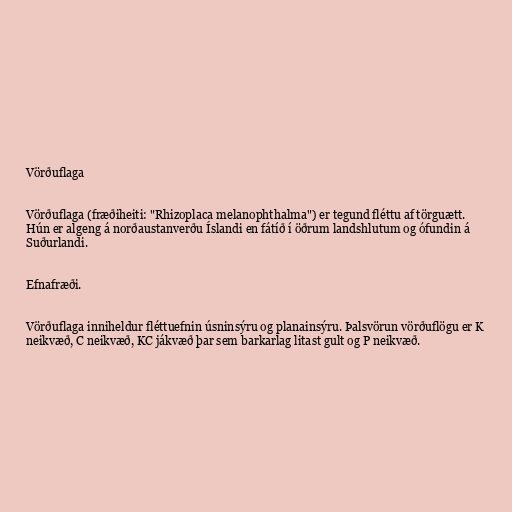
Vörðuflaga

Vörðuflaga (fræðiheiti: "Rhizoplaca melanophthalma") er tegund fléttu af törguætt.
Hún er algeng á norðaustanverðu Íslandi en fátíð í öðrum landshlutum og ófundin á
Suðurlandi.

Efnafræði.

Vörðuflaga inniheldur fléttuefnin úsninsýru og planainsýru. Þalsvörun vörðuflögu er K
neikvæð, C neikvæð, KC jákvæð þar sem barkarlag litast gult og P neikvæð.